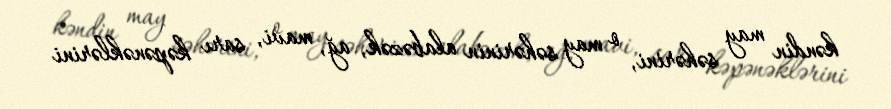
kəndin may səhərini, o may səhərinin alabəzək, ağ, mavi, sarı kəpənəklərini